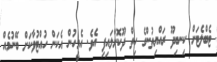
ޓެބްލެޓަށް ކިނބިދޫ ރައްޔިތުންގެ ހިތް ދޫކޮށްލައިފި އެވެ. އެމީހުން އެކަން ހުއްޓުވާކަށް ބޭނުމެއް